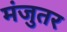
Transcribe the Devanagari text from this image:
मंजुतर